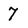
Character: 7